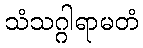
သံသဂ္ဂါရာမတံ